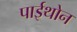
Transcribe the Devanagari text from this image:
पाईथोन